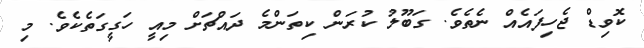
ކޮވިޑް ޖެހިފައެއް ނެތެވެ. ގަބޫލު ކުރަން ކިތަންމެ ދައްޗަށް މިއީ ހަގީގަތެކެވެ. މި